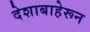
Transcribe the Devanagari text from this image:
देशाबाहेरून